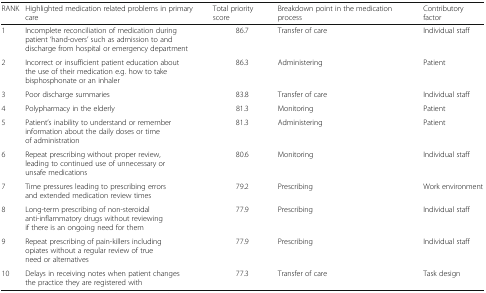
<table><thead><tr><td><b>RANK</b></td><td><b>Highlighted medication related problems in primary care</b></td><td><b>Total priority score</b></td><td><b>Breakdown point in the medication process</b></td><td><b>Contributory factor</b></td></tr></thead><tbody><tr><td>1</td><td>Incomplete reconciliation of medication during patient ‘hand-overs’ such as admission to and discharge from hospital or emergency department</td><td>86.7</td><td>Transfer of care</td><td>Individual staff</td></tr><tr><td>2</td><td>Incorrect or insufficient patient education about the use of their medication e.g. how to take bisphosphonate or an inhaler</td><td>86.3</td><td>Administering</td><td>Patient</td></tr><tr><td>3</td><td>Poor discharge summaries</td><td>83.8</td><td>Transfer of care</td><td>Individual staff</td></tr><tr><td>4</td><td>Polypharmacy in the elderly</td><td>81.3</td><td>Monitoring</td><td>Patient</td></tr><tr><td>5</td><td>Patient’s inability to understand or remember information about the daily doses or time of administration</td><td>81.3</td><td>Administering</td><td>Patient</td></tr><tr><td>6</td><td>Repeat prescribing without proper review, leading to continued use of unnecessary or unsafe medications</td><td>80.6</td><td>Monitoring</td><td>Individual staff</td></tr><tr><td>7</td><td>Time pressures leading to prescribing errors and extended medication review times</td><td>79.2</td><td>Prescribing</td><td>Work environment</td></tr><tr><td>8</td><td>Long-term prescribing of non-steroidal anti-inflammatory drugs without reviewing if there is an ongoing need for them</td><td>77.9</td><td>Prescribing</td><td>Individual staff</td></tr><tr><td>9</td><td>Repeat prescribing of pain-killers including opiates without a regular review of true need or alternatives</td><td>77.9</td><td>Prescribing</td><td>Individual staff</td></tr><tr><td>10</td><td>Delays in receiving notes when patient changes the practice they are registered with</td><td>77.3</td><td>Transfer of care</td><td>Task design</td></tr></tbody></table>